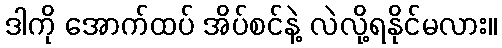
ဒါကို အောက်ထပ် အိပ်စင်နဲ့ လဲလို့ရနိုင်မလား။